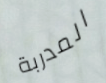
المدربة